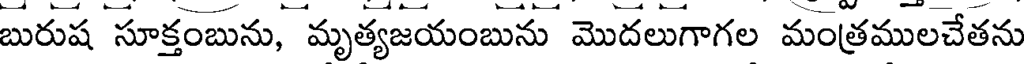
బురుష సూక్తంబును, మృత్యజయంబును మొదలుగాగల మంత్రములచేతను